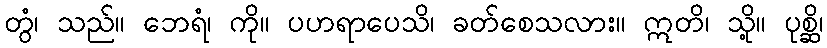
တွံ၊ သည်။ ဘေရံ၊ ကို။ ပဟရာပေသိ၊ ခတ်စေသလား။ ဣတိ၊ သို့။ ပုစ္ဆိ၊